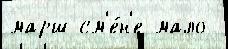
марш см'е́н'е мало